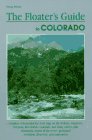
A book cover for Floater's Guide to Colorado (Falcon Guides Canoeing); Doug Wheat; Sports & Outdoors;